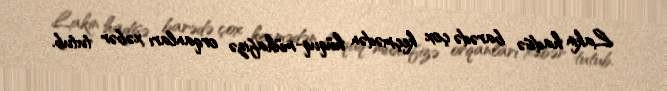
Lakin hadisə barədə çox keçmədən hüquq-mühafizə orqanları xəbər tutub.